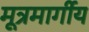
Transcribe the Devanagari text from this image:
मूत्रमार्गीय